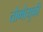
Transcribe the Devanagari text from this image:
तोमोयुकी